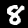
Digit: 8